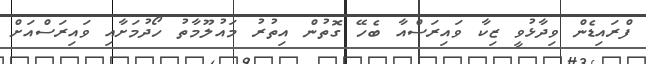
ފްރައިޑެން ވިދާޅުވީ ޒިކާ ވައިރަސްއާ ބެހޭ ގޮތުން އިތުރު މައުލޫމާތު ހޯދުމަށާއި ވައިރަސްއަށް